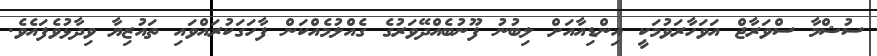
ސުޝްމާ ސްވަރާޖް އަވަހާރަވުމަކީ އިންޑިއާއަށް ލިބުނު ފޫނުބެއްދޭވަރުގެ ގެއްލުމެއްކަން ފާހަގަކުރައްވައި ތައުޒިޔާ ވިދާޅުވެފައެވެ.